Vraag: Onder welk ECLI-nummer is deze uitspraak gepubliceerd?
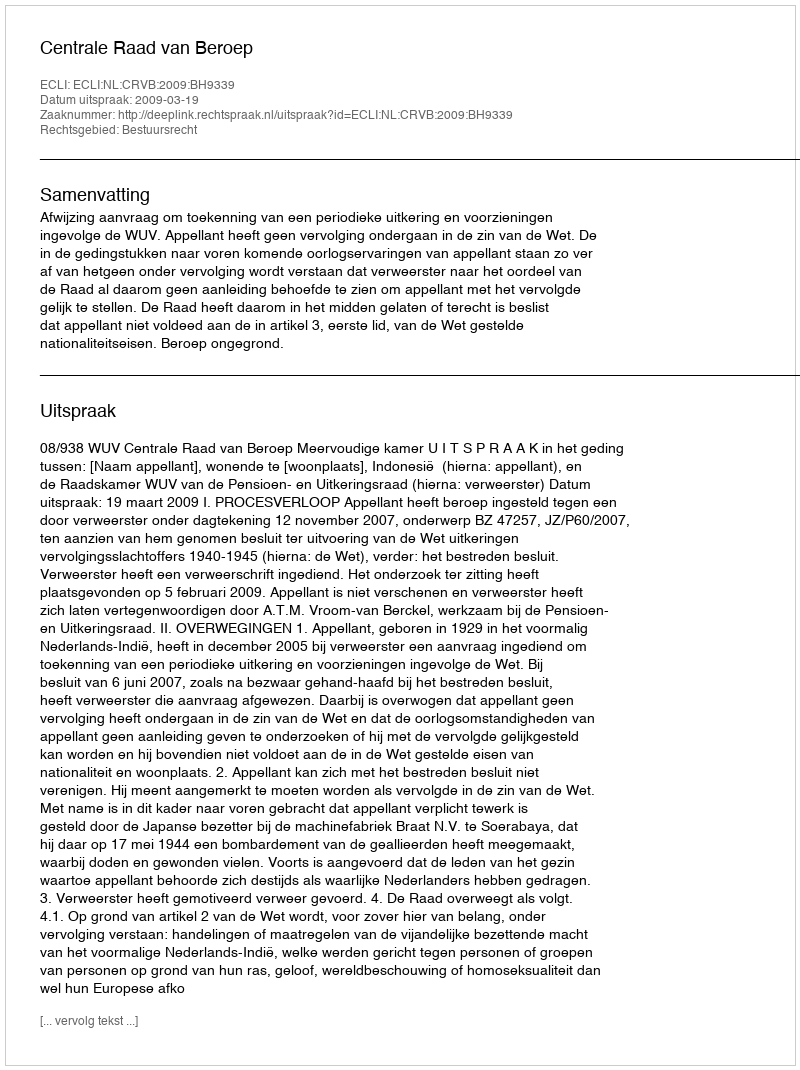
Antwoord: ECLI:NL:CRVB:2009:BH9339